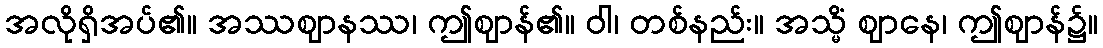
အလိုရှိအပ်၏။ အဿဈာနဿ၊ ဤဈာန်၏။ ဝါ၊ တစ်နည်း။ အသ္မိံ ဈာနေ၊ ဤဈာန်၌။